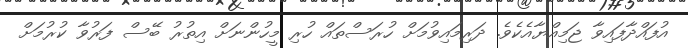
އުފައްދާފައިވާ ޖަމިއްޔާއެކެވެ. ދަރިމައިވުމަށް ހުރަސްތައް ހުރި މީހުންނަށް އިތުރު ބޭސް ފަރުވާ ކުރުމަށް